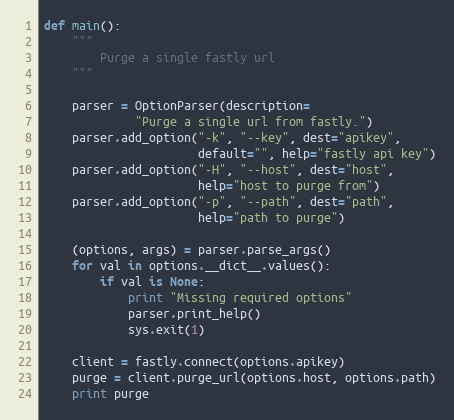
Language: Python
def main():
    """
        Purge a single fastly url
    """

    parser = OptionParser(description=
             "Purge a single url from fastly.")
    parser.add_option("-k", "--key", dest="apikey",
                      default="", help="fastly api key")
    parser.add_option("-H", "--host", dest="host",
                      help="host to purge from")
    parser.add_option("-p", "--path", dest="path",
                      help="path to purge")

    (options, args) = parser.parse_args()
    for val in options.__dict__.values():
        if val is None:
            print "Missing required options"
            parser.print_help()
            sys.exit(1)

    client = fastly.connect(options.apikey)
    purge = client.purge_url(options.host, options.path)
    print purge